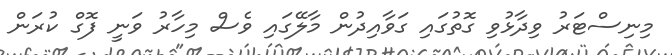
މިނިސްޓަރު ވިދާޅުވި ގޮތުގައި ގަވާއިދުން މާލޭގައި ވެސް މިހާރު ވަނީ ފޮގް ކުރަން